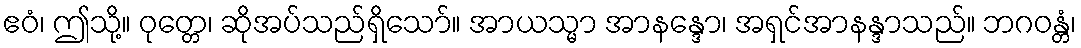
ဧဝံ၊ ဤသို့။ ဝုတ္တေ၊ ဆိုအပ်သည်ရှိသော်။ အာယသ္မာ အာနန္ဒော၊ အရှင်အာနန္ဒာသည်။ ဘဂဝန္တံ၊